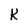
Character: K